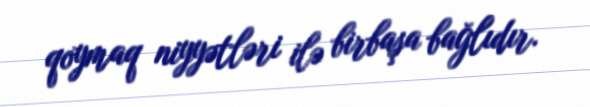
qoymaq niyyətləri ilə birbaşa bağlıdır.